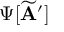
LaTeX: \Psi [ \widetilde { \bf A } ^ { \prime } ]